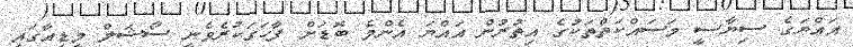
އައްޔަގެ ސިޔާސީ މަސައްކަތްތަކުގެ އިތުރުން އައްޔަ އެންމެ ބޮޑަށް ފާހަގަކުރެވެނީ ސޯޝަލް މީޑިއާގައި